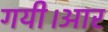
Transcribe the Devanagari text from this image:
गयी।आर